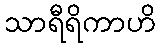
သာရီရိကာဟိ